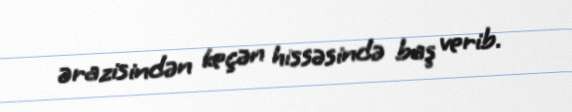
ərazisindən keçən hissəsində baş verib.